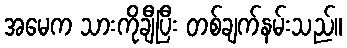
အမေက သားကိုချီပြီး တစ်ချက်နမ်းသည်။